Vaccination in Bombay 1863-1868 - 1863-1868
Year: 1863
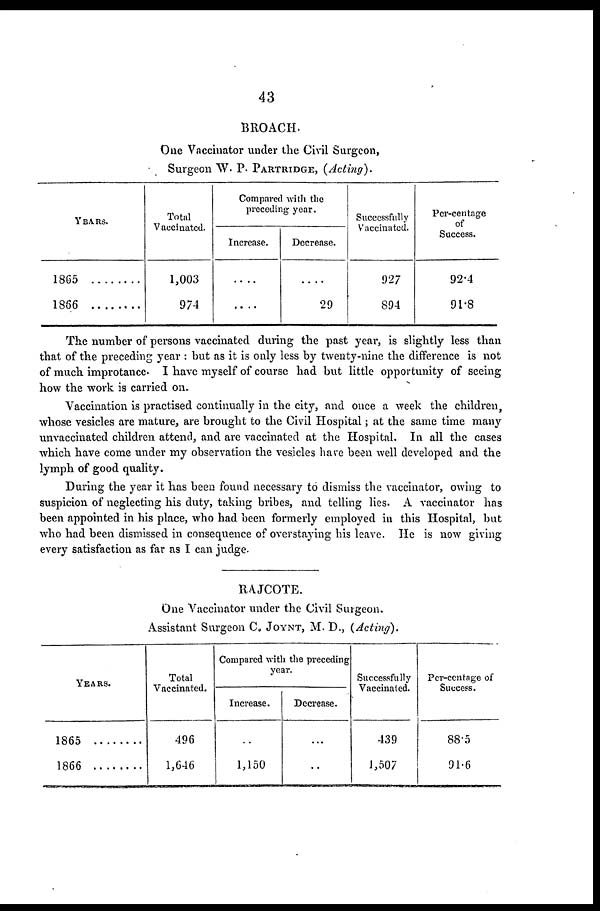
43
BROACH.
One Vaccinator under the Civil Surgeon,
Surgeon W. P. PARTRIDGE, (Acting).
YEARS.
1865
1866 .......
Total
Vaccinated.
1,003
974
Compared with the
preceding year.
Increase.
....
....
Decrease.
....
29
Successfully
Vaccinated.
927
894
Per-centage
of
Success.
92.4
91.8
The number of persons vaccinated during the past year, is slightly less than
that of the preceding year : but as it is only less by twenty-nine the difference is not
of much improtance. I have myself of course had but little opportunity of seeing
how the work is carried on.
Vaccination is practised continually in the city, and once a week the children,
whose vesicles are mature, are brought to the Civil Hospital; at the same time many
unvaccinated children attend, and are vaccinated at the Hospital. In all the cases
which have come under my observation the vesicles have been well developed and the
lymph of good quality.
During the year it has been found necessary to dismiss the vaccinator, owing to
suspicion of neglecting his duty, taking bribes, and telling lies. A vaccinator has
been appointed in his place, who had been formerly employed in this Hospital, but
who had been dismissed in consequence of overstaying his leave. He is now giving
every satisfaction as far as I can judge.
RAJCOTE.
One Vaccinator under the Civil Surgeon.
Assistant Surgeon C. JOYNT, M. D., (Acting).
YEARS.
1865 . . . . . . . .
1866 . . . . . . . .
Total
Vaccinated.
496
1,646
Compared with the preceding
year.
Increase.
..
1,150
Decrease.
...
..
Successfully
Vaccinated.
439
1,507
Per-centnge of
Success.
88.5
91.6